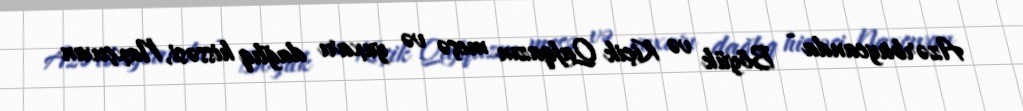
Azərbaycanda - Böyük və Kiçik Qafqazın meşə və yuxarı dağlıq hissəsi, Naxçıvan